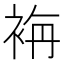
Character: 𮕾